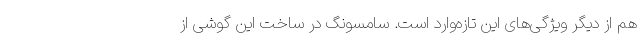
هم از دیگر ویژگی‌های این تازه‌وارد است. سامسونگ در ساخت این گوشی از